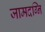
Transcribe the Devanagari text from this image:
जामदग्नि